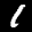
Label: 1